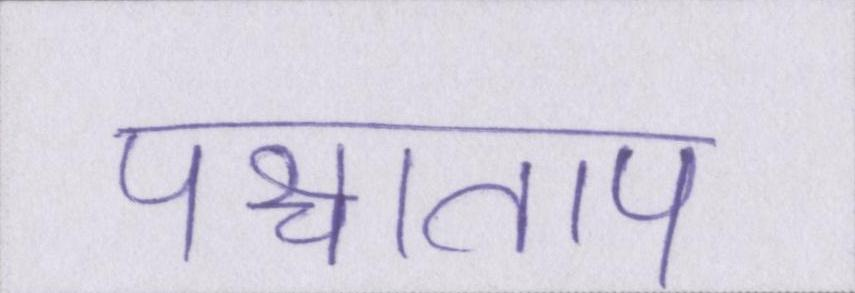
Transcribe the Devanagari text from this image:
पश्चाताप